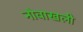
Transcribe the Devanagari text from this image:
नोवाखली